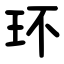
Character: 环